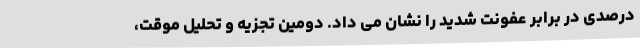
درصدی در برابر عفونت شدید را نشان می داد. دومین تجزیه و تحلیل موقت،